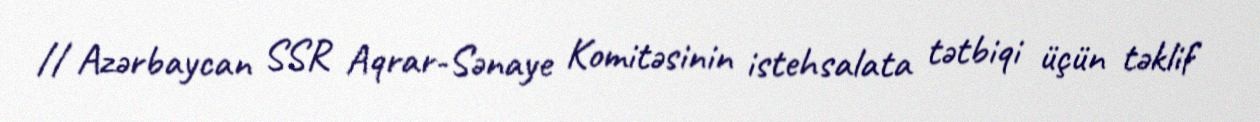
// Azərbaycan SSR Aqrar-Sənaye Komitəsinin istehsalata tətbiqi üçün təklif